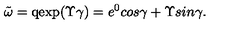
\tilde { \omega } = \mathrm { q e x p } ( \Upsilon \gamma ) = e ^ { 0 } c o s \gamma + \Upsilon s i n \gamma .